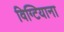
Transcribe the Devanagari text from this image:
विग्टियाना